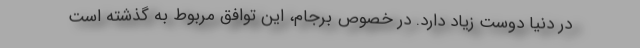
در دنیا دوست زیاد دارد. در خصوص برجام، این توافق مربوط به گذشته است